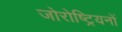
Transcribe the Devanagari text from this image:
जोरोष्ट्रियनों